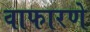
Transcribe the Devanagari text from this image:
वाफारणे